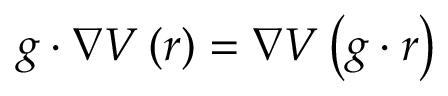
g \cdot \nabla V \left( r \right) = \nabla V \left( g \cdot r \right)